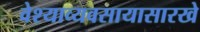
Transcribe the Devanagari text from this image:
वेश्याव्यवसायासारखे